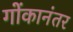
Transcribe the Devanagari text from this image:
गोंकानंतर